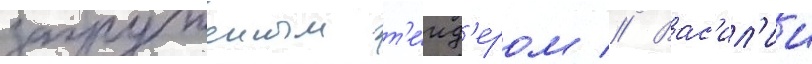
загруженным т'е́нд'ером // Вас'ил'ии